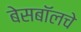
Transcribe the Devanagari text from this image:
बेसबॉलचे